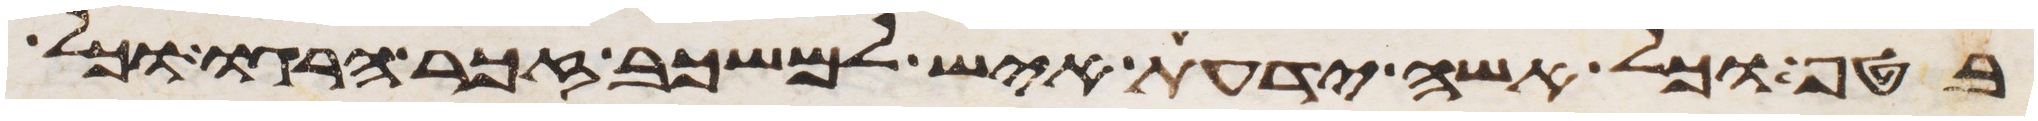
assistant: בטף וכל אשה ידעת איש למשכב זכר הרגו וכל